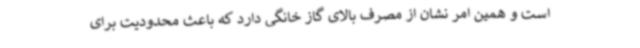
است و همین امر نشان از مصرف بالای گاز خانگی دارد که باعث محدودیت برای